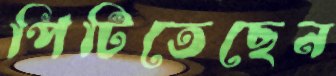
পিটিতেছেন